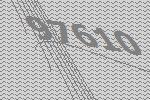
97610